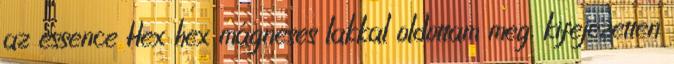
az essence Hex hex mágneses lakkal oldottam meg, kifejezetten